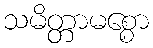
သမိတ္တာမစ္စော